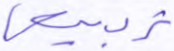
تربيعي